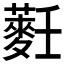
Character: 𱾴